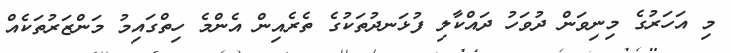
މި އަހަރުގެ މިނިވަން ދުވަހު ދައްކާލި ފުޅަނދުތަކުގެ ތެރެއިން އެންމެ ހިތްގައިމު މަންޒަރުތަކެއް